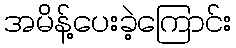
အမိန့်ပေးခဲ့ကြောင်း